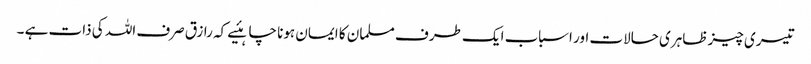
تیسری چیز ظاہری حالات اور اسباب ایک طرف مسلمان کا ایمان ہونا چاہئیے کہ رازق صرف اللہ کی ذات ہے ۔